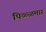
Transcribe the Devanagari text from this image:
पिळ्ळमार